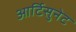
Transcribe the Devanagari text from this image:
आर्टिसुनेट